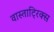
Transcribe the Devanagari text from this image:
वास्ताट्रिक्स